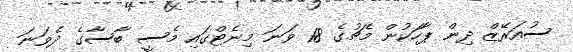
ސުއަރޭޒް ދިން ޕާހަކުން މެޗުގެ 18 ވަނަ މިނެޓްގައި މެސީ ބާސާގެ ދެވަނަ